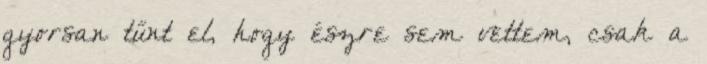
gyorsan tűnt el, hogy észre sem vettem, csak a